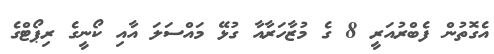
އެގޮތުން ފެބްރުއަރީ 8 ގެ މުޒާހަރާއާ ގުޅޭ މައްސަލަ އާއި ކޯނީގެ ރިޕޯޓްގެ